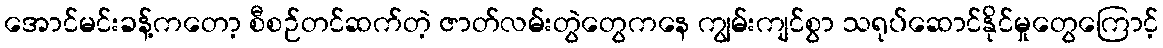
အောင်မင်းခန့်ကတော့ စီစဉ်တင်ဆက်တဲ့ ဇာတ်လမ်းတွဲတွေကနေ ကျွမ်းကျင်စွာ သရုပ်ဆောင်နိုင်မှုတွေကြောင့်